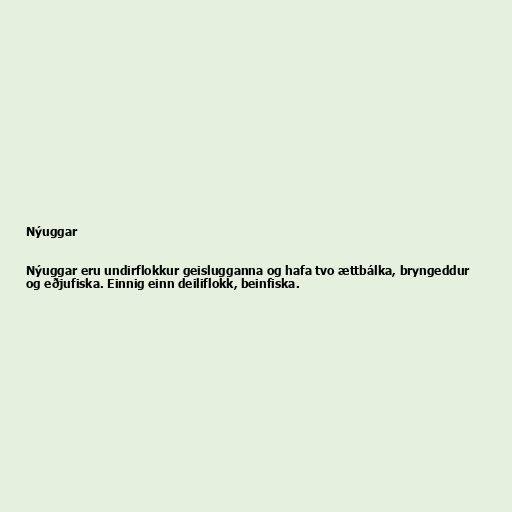
Nýuggar

Nýuggar eru undirflokkur geislugganna og hafa tvo ættbálka, bryngeddur
og eðjufiska. Einnig einn deiliflokk, beinfiska.